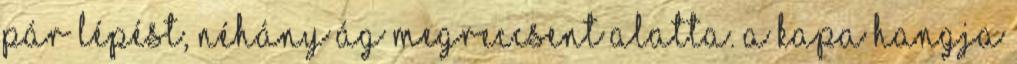
pár lépést, néhány ág megreccsent alatta. A kapa hangja